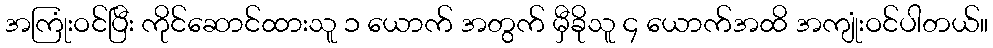
အကြုံးဝင်ပြီး ကိုင်ဆောင်ထားသူ ၁ ယောက် အတွက် မှီခိုသူ ၄ ယောက်အထိ အကျုံးဝင်ပါတယ်။